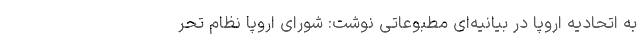
به اتحادیه اروپا در بیانیه‌ای مطبوعاتی نوشت: شورای اروپا نظام تحر